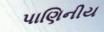
પાણિનીય